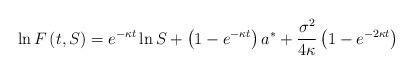
LaTeX: \begin{align*}\ln F\left( t,S\right) =e^{-\kappa t}\ln S+\left( 1-e^{-\kappa t}\right)a^{\ast }+\frac{\sigma ^{2}}{4\kappa }\left( 1-e^{-2\kappa t}\right)\end{align*}